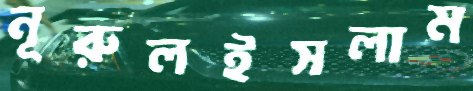
নূরুলইসলাম